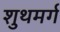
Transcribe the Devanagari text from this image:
शुथमर्ग